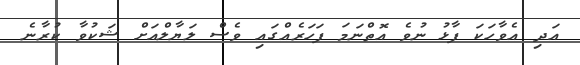
އަދި އެވާހަކަ ފާޅު ނުވެ އޮތްނަމަ ފަހަރެއްގައި ވެސް ލަޔާލްއަށް ޝަކުވާ ކުރާނެ